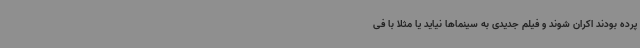
پرده بودند اکران شوند و فیلم جدیدی به سینماها نیاید یا مثلا با فی